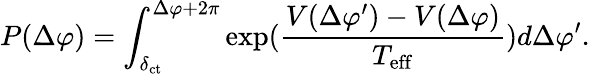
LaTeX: P(\Delta\varphi)=\int_{\delta_{\mathrm{ct}}}^{\Delta\varphi+2\pi}\exp(\frac{V(\Delta\varphi^{\prime})-V(\Delta\varphi)}{T_{\mathrm{eff}}})d\Delta\varphi^{\prime}.